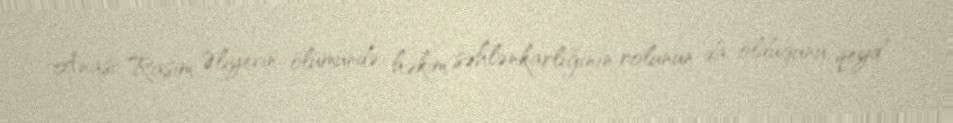
Anası Rasim Əliyevin ölümündə həkim səhlənkarlığının rolunun da olduğunu qeyd